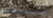
ماتوتشيك